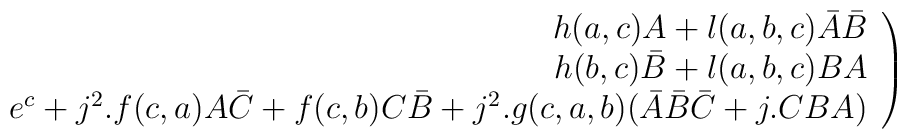
\left. \begin{array}{r}h(a,c)A+l(a,b,c)\bar A\bar B \\ h(b,c)\bar B+l(a,b,c)BA \\ e^c+j^2.f(c,a)A\bar C+f(c,b)C\bar B+j^2.g(c,a,b)(\bar A\bar B\bar C+j.CBA)\end{array}\right)